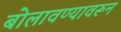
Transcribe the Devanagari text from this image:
बोलावण्यावरून